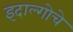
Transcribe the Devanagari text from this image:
इदाल्गोचे